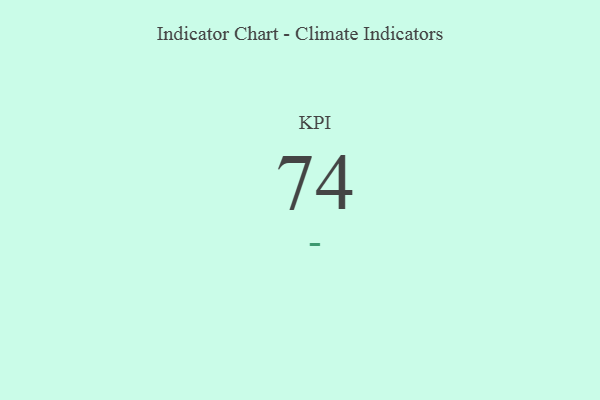
{"axis": {"x": "KPI", "y": "Value"}, "legend": [""], "data": [{"x": "KPI", "y": 74, "type": ""}]}